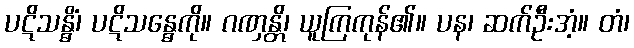
ပဋိသန္ဓိံ၊ ပဋိသန္ဓေကို။ ဂဏှန္တိ၊ ယူကြကုန်၏။ ပန၊ ဆက်ဦးအံ့။ တံ၊